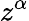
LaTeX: z^{\alpha}